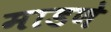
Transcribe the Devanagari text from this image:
माडणे